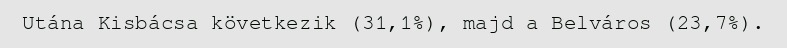
Utána Kisbácsa következik (31,1%), majd a Belváros (23,7%).